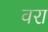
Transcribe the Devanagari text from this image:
वरा